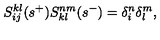
S _ { i j } ^ { k l } ( s ^ { + } ) S _ { k l } ^ { n m } ( s ^ { - } ) = \delta _ { i } ^ { n } \delta _ { l } ^ { m } ,